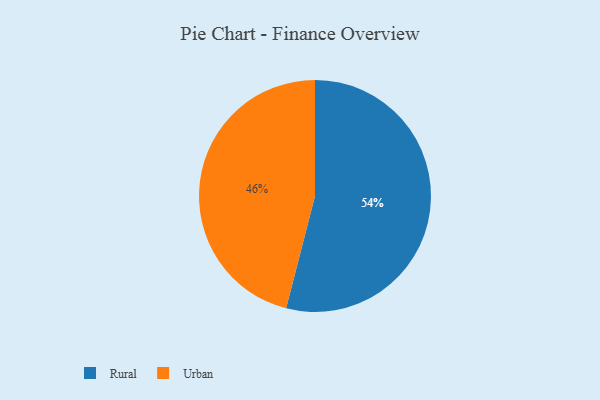
{"axis": {"x": "Category", "y": "Percentage"}, "legend": ["Rural", "Urban"], "data": [{"x": "Rural", "y": 54, "type": "Rural"}, {"x": "Urban", "y": 46, "type": "Urban"}]}